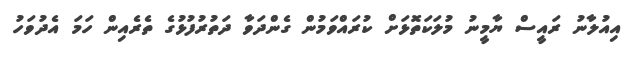
އިއުލާނު ރައީސް ޔާމީނު މުލަކަތޮޅަށް ކުރައްވަމުން ގެންދަވާ ދަތުރުފުޅުގެ ތެރެއިން ހަމަ އެދުވަހު